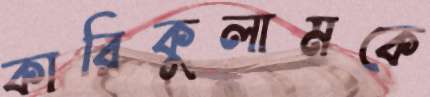
কারিকুলামকে